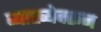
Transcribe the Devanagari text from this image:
व्याख्येवरून